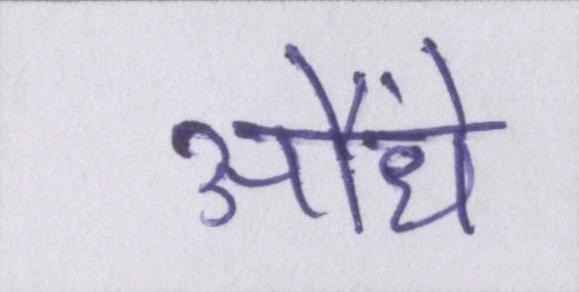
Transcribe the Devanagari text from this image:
औंधे